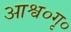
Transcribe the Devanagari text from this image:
आश्व०गृ०